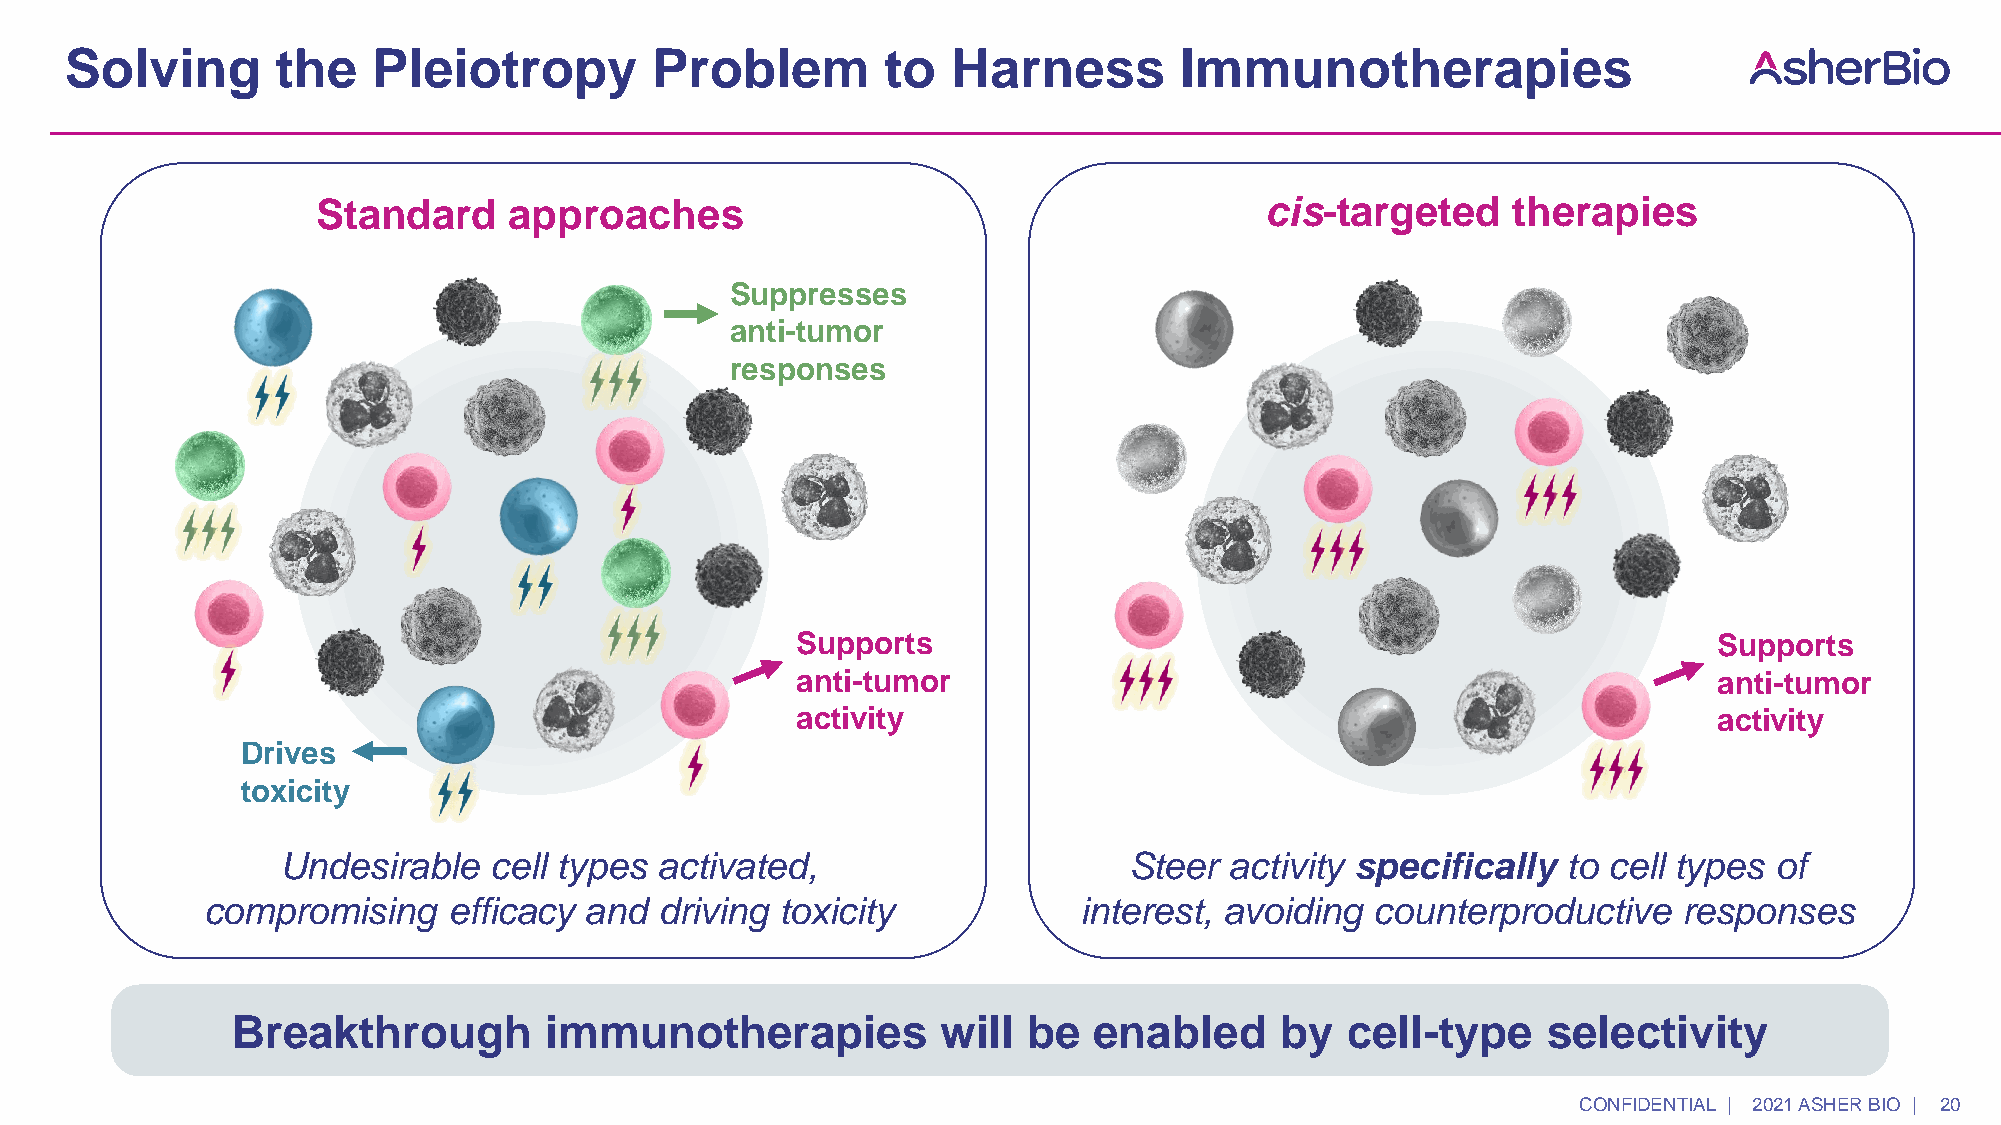
Solving       the    Pleiotropy        Problem         to  Harness        Immunotherapies
 Standard     approaches                                        cis-targeted    therapies
 Suppresses
 anti-tumor
 responses
 Supports                                                     Supports
 anti-tumor                                                   anti-tumor
 activity                                                     activity
 Drives
 toxicity
 Undesirable  cell types activated,                      Steer activity specifically  to cell types of
 compromising     efficacy and  driving toxicity           interest, avoiding  counterproductive   responses
 Breakthrough         immunotherapies           will  be  enabled      by  cell-type    selectivity
 CONFIDENTIAL | 2021 ASHER BIO | 20